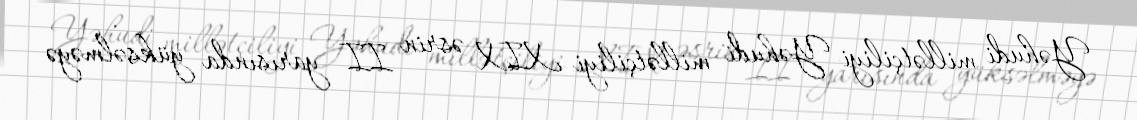
Yəhudi millətçiliyi Yəhudi millətçiliyi XIX əsrin II yarısında yüksəlməyə